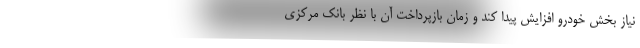
نیاز بخش خودرو افزایش پیدا کند و زمان بازپرداخت آن با نظر بانک مرکزی